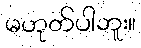
မဟုတ်ပါဘူး။